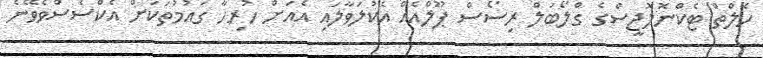
ހެލްތް ޓެކްނޮލޮޖީސްގެ ގްލޯބަލް ރިސޯސް ޕޫލްއެއް އެކުލަވާލައި އެއަށް ހުރިހާ ގައުމުތަކަށް އެކްސެސްވެވޭނެ